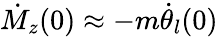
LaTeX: \dot{M}_{z}(0)\approx-m\dot{\theta}_{l}(0)